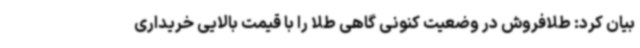
بیان کرد: طلافروش در وضعیت کنونی گاهی طلا را با قیمت بالایی خریداری